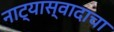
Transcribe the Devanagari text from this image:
नाट्यास्वादाचा